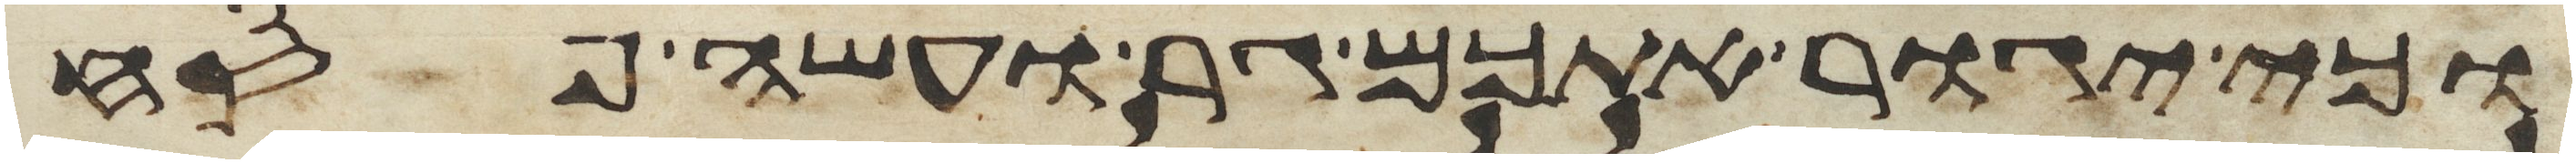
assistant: וכי יגור אתכם גר ועשה פסח